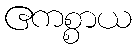
ဧကစ္စာယ